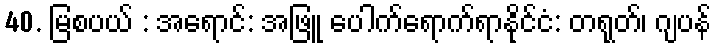
40. မြစပယ် : အရောင်: အဖြူ ပေါက်ရောက်ရာနိုင်ငံ: တရုတ်၊ ဂျပန်